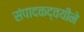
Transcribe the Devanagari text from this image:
संपादकद्वयीने